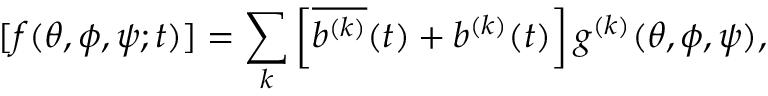
[ f ( \theta , \phi , \psi ; t ) ] = \sum _ { k } \left[ \overline { { { b ^ { ( k ) } } } } ( t ) + b ^ { ( k ) } ( t ) \right] g ^ { ( k ) } ( \theta , \phi , \psi ) ,